Report on lock hospitals in British Burma
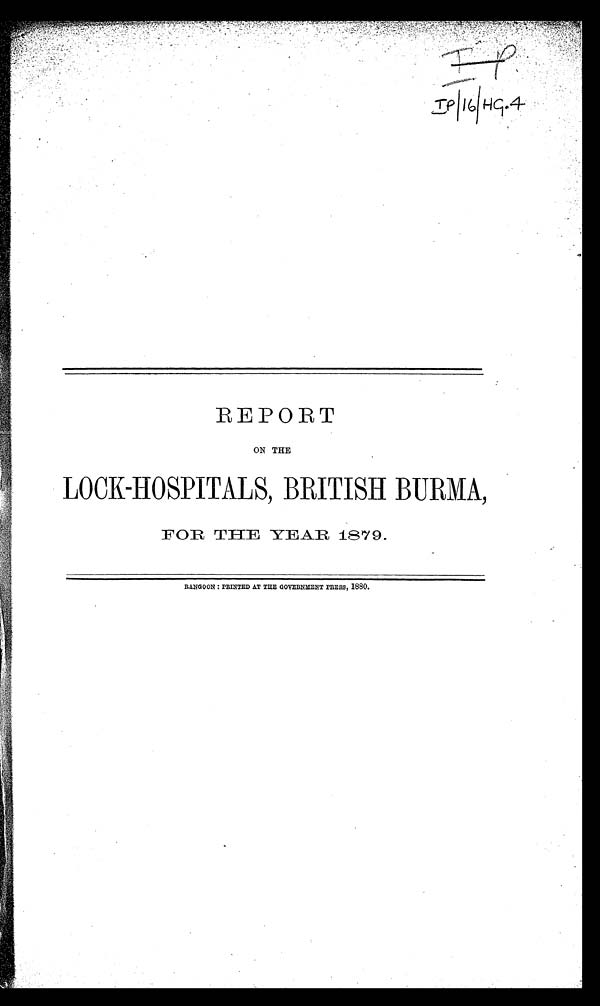
REPORT
ON THE
LOCK-HOSPITALS, BRITISH BURMA,
FOR THE YEAR 1879.
RANGOON : PRINTED AT THE GOVERNMENT PRESS, 1880.